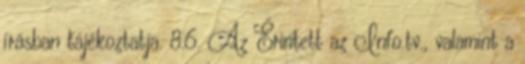
írásban tájékoztatja. 8.6. Az Érintett az Info.tv., valamint a